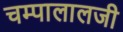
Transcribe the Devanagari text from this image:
चम्पालालजी